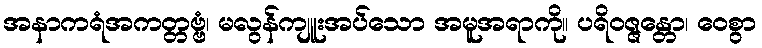
အနာကရံအကတ္တဗ္ဗံ၊ မလွန်ကျူးအပ်သော အမူအရာကို။ ပရိဝဇ္ဇန္တော၊ ဝေစွာ